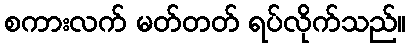
စကားလက် မတ်တတ် ရပ်လိုက်သည်။